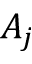
A _ { j }